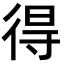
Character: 得